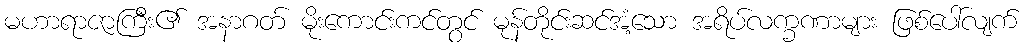
မဟာရာဇာကြီး၏ အနာဂတ် မိုးကောင်းကင်တွင် မုန်တိုင်းဆင်အံ့သော အရိပ်လက္ခဏာများ ဖြစ်ပေါ်လျက်